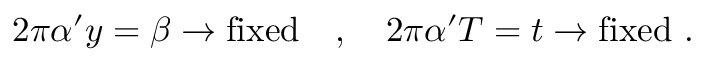
2 \pi \alpha ^ { \prime } y = \beta \rightarrow \mathrm { f i x e d } ~ ~ ~ , ~ ~ ~ 2 \pi \alpha ^ { \prime } T = t \rightarrow \mathrm { f i x e d } ~ .